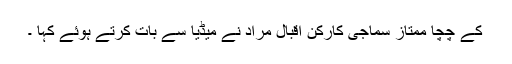
کے چچا ممتاز سماجی کارکن اقبال مراد نے میڈیا سے بات کرتے ہوئے کہا ۔